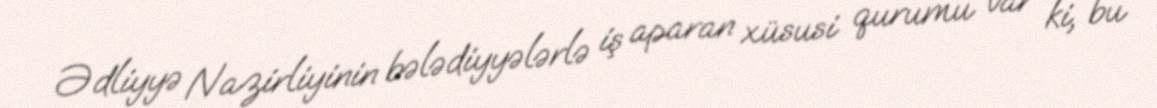
Ədliyyə Nazirliyinin bələdiyyələrlə iş aparan xüsusi qurumu var ki, bu